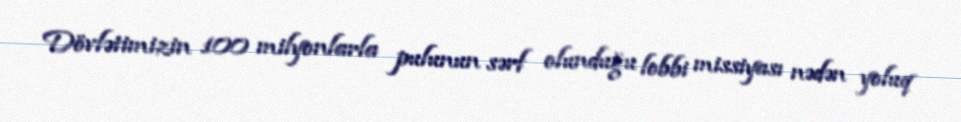
Dövlətimizin 100 milyonlarla pulunun sərf olunduğu lobbi missiyası nədən yoluq